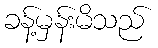
ခန့်မှန်းမိသည်